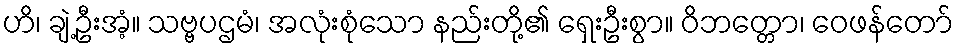
ဟိ၊ ချဲ့ဦးအံ့။ သဗ္ဗပဌမံ၊ အလုံးစုံသော နည်းတို့၏ ရှေးဦးစွာ။ ဝိဘတ္တော၊ ဝေဖန်တော်